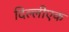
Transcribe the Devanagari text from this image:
दिल्लीएक